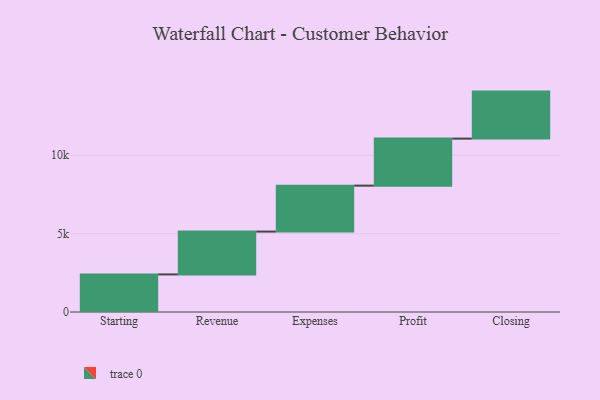
{"axis": {"x": "Step", "y": "Value"}, "legend": [""], "data": [{"x": "Starting", "y": 2398.0, "type": ""}, {"x": "Revenue", "y": 2734.0, "type": ""}, {"x": "Expenses", "y": 2932.0, "type": ""}, {"x": "Profit", "y": 3000, "type": ""}, {"x": "Closing", "y": 3000, "type": ""}]}